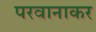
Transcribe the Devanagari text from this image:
परवानाकर